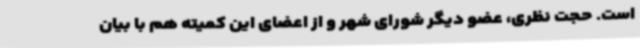
است. حجت نظری، عضو دیگر شورای شهر و از اعضای این کمیته هم با بیان